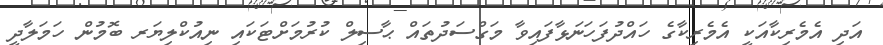
އަދި އެމެރިކާއަކީ އެމެރިކާގެ ހައްދުފަހަނަޅާފައިވާ މަގްސަދުތައް ޙާސިލް ކުރުމަށްޓަކައި ނިއުކްލިޔަރ ބޮމުން ހަމަލާދީ